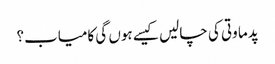
پدما وتی کی چالیں کیسے ہوں گی کامیاب؟